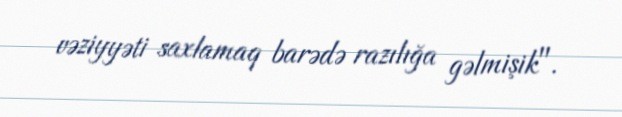
vəziyyəti saxlamaq barədə razılığa gəlmişik".